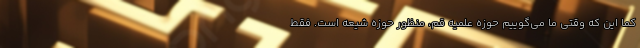
کما این که وقتی ما می‌گوییم حوزه علمیه قم، منظور حوزه شیعه است. فقط